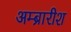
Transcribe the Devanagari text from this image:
अम्ब्रारीश